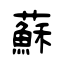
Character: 蘇